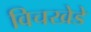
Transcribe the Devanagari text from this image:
विचखेडे